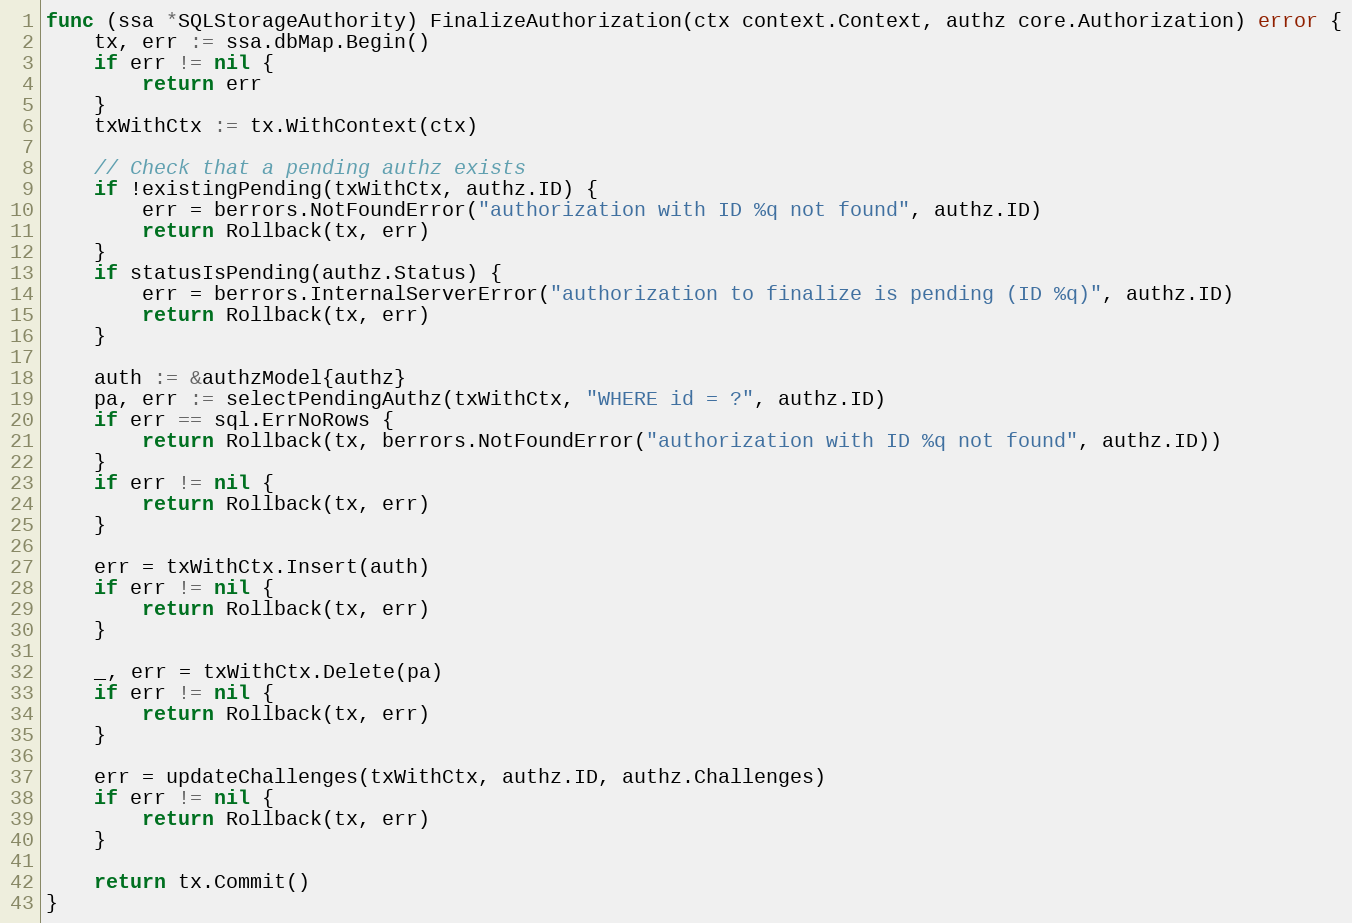
Language: Go
func (ssa *SQLStorageAuthority) FinalizeAuthorization(ctx context.Context, authz core.Authorization) error {
	tx, err := ssa.dbMap.Begin()
	if err != nil {
		return err
	}
	txWithCtx := tx.WithContext(ctx)

	// Check that a pending authz exists
	if !existingPending(txWithCtx, authz.ID) {
		err = berrors.NotFoundError("authorization with ID %q not found", authz.ID)
		return Rollback(tx, err)
	}
	if statusIsPending(authz.Status) {
		err = berrors.InternalServerError("authorization to finalize is pending (ID %q)", authz.ID)
		return Rollback(tx, err)
	}

	auth := &authzModel{authz}
	pa, err := selectPendingAuthz(txWithCtx, "WHERE id = ?", authz.ID)
	if err == sql.ErrNoRows {
		return Rollback(tx, berrors.NotFoundError("authorization with ID %q not found", authz.ID))
	}
	if err != nil {
		return Rollback(tx, err)
	}

	err = txWithCtx.Insert(auth)
	if err != nil {
		return Rollback(tx, err)
	}

	_, err = txWithCtx.Delete(pa)
	if err != nil {
		return Rollback(tx, err)
	}

	err = updateChallenges(txWithCtx, authz.ID, authz.Challenges)
	if err != nil {
		return Rollback(tx, err)
	}

	return tx.Commit()
}